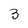
Character: 3